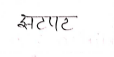
मजकूर: झटपट